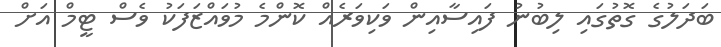
ބަދަލުގެ ގޮތުގައި ލިބުނު ފައިސާއިން ވަކިވަރެއް ކޮންމެ މުވައްޒަފަކު ވެސް ޓީމް އަށް